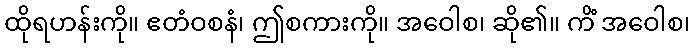
ထိုရဟန်းကို။ ဧတံဝစနံ၊ ဤစကားကို။ အဝေါစ၊ ဆို၏။ ကိံ အဝေါစ၊